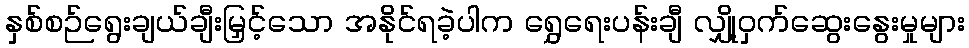
နှစ်စဉ်ရွေးချယ်ချီးမြှင့်သော အနိုင်ရခဲ့ပါက ရွှေရေးပန်းချီ လျှို့ဝှက်ဆွေးနွေးမှုများ